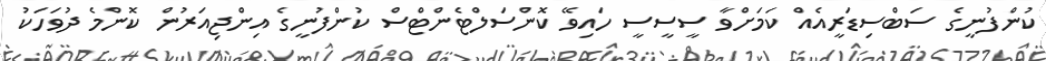
ކުންފުނީގެ ސަބްސިޑަރީއެއް ކަމަށްވާ ސީސީސީ ހައިވޭ ކޮންސަލްޓެންޓްސް ކުންފުނީގެ އިންޖިއަރުން ކޮންމެ ދުވަހަކު